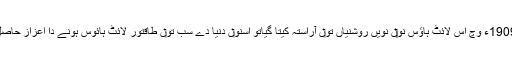
جداں 1909ء وچ اس لائٹ ہاؤس نو‏‏ں نويں روشنیاں تو‏ں آراستہ کیتا گیاتو اسنو‏ں دنیا دے سب تو‏ں طاقتور لائٹ ہائوس ہونے دا اعزاز حاصل رہیا ۔